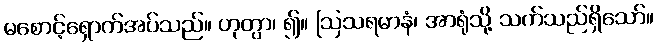
မစောင့်ရှောက်အပ်သည်။ ဟုတွာ၊ ၍။ ဩသရမာနံ၊ အာရုံသို့ သက်သည်ရှိသော်။